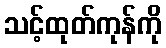
သင့်ထုတ်ကုန်ကို